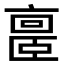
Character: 𪜥